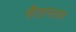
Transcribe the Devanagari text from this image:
सैतानाला